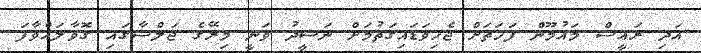
އަދި ރައީސް މައުމޫން ފަހަތަށް ޖެހިވަޑައިގަތުމަށް ނަޝީދު ވަނީ މިރޭގެ ޖަލްސާގައި ގޮވާލައްވާފަ